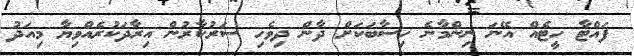
ފައްޓާ ހީޓެއް އޭނަ ނިންމާނެ ހިސާބަކަށް ދާން ދިވެހި ސަރުކާރުން އިރާދަކުރެއްވިޔާ މިއަދު